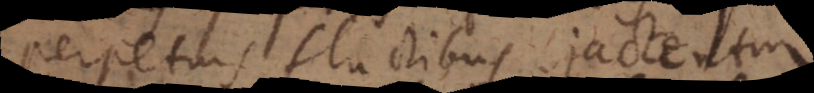
perpetuis fluctibus jactentur,